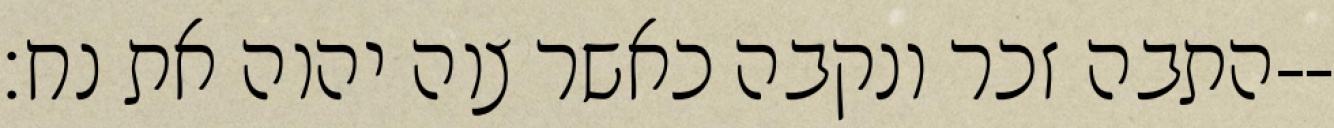
התבה זכר ונקבה כאשר צוה יהוה את נח׃--